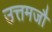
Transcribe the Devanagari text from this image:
उत्तमजौ